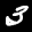
Label: 3